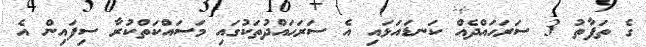
ގެ ތަފާތު 3 ސަރަޙައްދެއް ކަނޑައަޅައި އެ ސަރަޙައްދުތަކުގައި މަސައްކަތްކުރާ ސިފައިން އެ